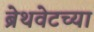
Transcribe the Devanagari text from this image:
ब्रेथवेटच्या